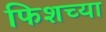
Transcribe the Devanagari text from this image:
फिशच्या